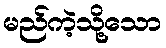
မည်ကဲ့သို့သော